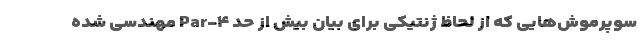
سوپرموش‌هایی که از لحاظ ژنتیکی برای بیان بیش از حد Par-۴ مهندسی شده